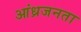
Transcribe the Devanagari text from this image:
आंध्रजनता